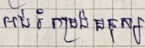
អប់រំតម្រង់មនុស្ស